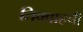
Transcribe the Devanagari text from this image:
तिक्वाहची